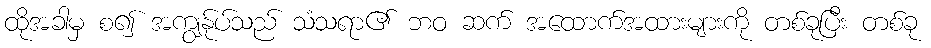
ထိုအခါမှ စ၍ အကျွန်ုပ်သည် သံသရာ၏ ဘဝ ဆက် အထောက်အထားများကို တစ်ခုပြီး တစ်ခု